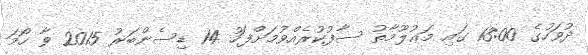
ދުވަހުގެ 13:00 ގައި މަޢުލޫމާތު ސާފުކުރެއްވުމަށްފަހު 14 ޑިސެންބަރު 2015 ވާ ހޯމަ